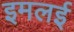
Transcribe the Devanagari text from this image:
इमलई